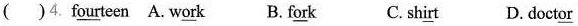
( )4. Fourteen A. Work B. Fork C.shirt D. doctor